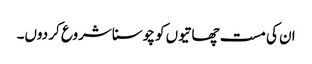
ان کی مست چھاتیوں کو چوسنا شروع کر دوں۔